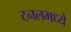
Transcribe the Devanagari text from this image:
टनलमध्ये